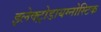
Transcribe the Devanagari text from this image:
इलेक्ट्रोडायग्नोस्टिक